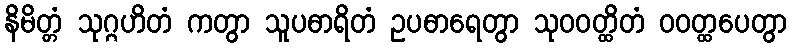
နိမိတ္တံ သုဂ္ဂဟိတံ ကတွာ သူပဓာရိတံ ဥပဓာရေတွာ သုဝဝတ္ထိတံ ဝဝတ္ထပေတွာ